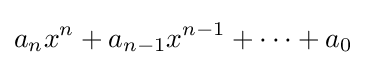
a_{n}x^{n}+a_{n-1}x^{n-1}+\cdots +a_{0}